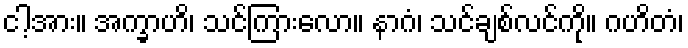
ငါ့အား။ အက္ခာဟိ၊ သင်ကြားလော။ နာဂံ၊ သင်ချစ်လင်ကို။ ဂဟိတံ၊